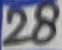
Text: 28